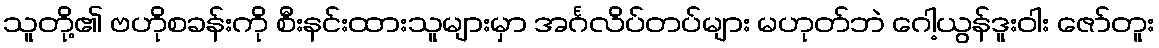
သူတို့၏ ဗဟိုစခန်းကို စီးနင်းထားသူများမှာ အင်္ဂလိပ်တပ်များ မဟုတ်ဘဲ ဂေါ့ယွန်ဒူးဝါး ဇော်တူး